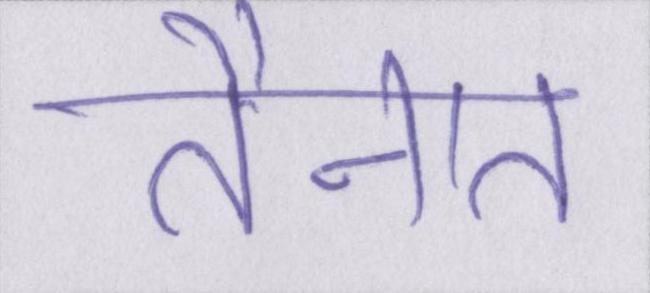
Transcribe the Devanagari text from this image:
तैनात